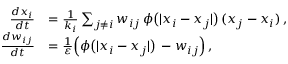
\begin{array} { r l } { \frac { d x _ { i } } { d t } } & { = \frac { 1 } { k _ { i } } \sum _ { j \neq i } w _ { i j } \, \phi \big ( | x _ { i } - x _ { j } | \big ) \, ( x _ { j } - x _ { i } ) \, , } \\ { \frac { d w _ { i j } } { d t } } & { = \frac { 1 } { \varepsilon } \Big ( \phi \big ( | x _ { i } - x _ { j } | \big ) \, - w _ { i j } \Big ) \, , } \end{array}